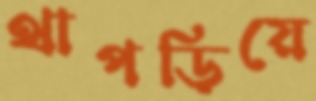
থাপড়িয়ে